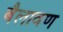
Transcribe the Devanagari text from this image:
बैलावण